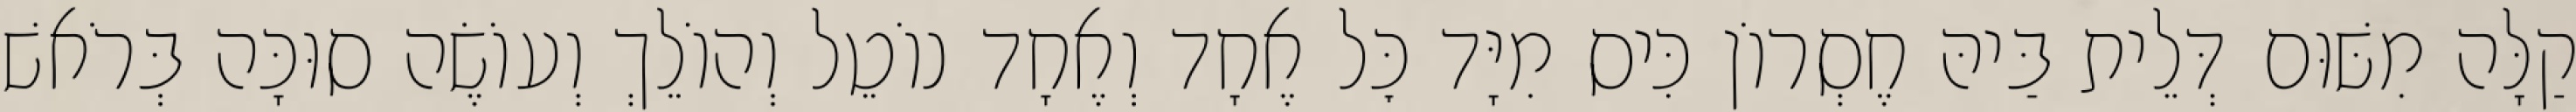
קַלָּה מִשּׁוּם דְּלֵית בַּיהּ חֶסְרוֹן כִּיס מִיָּד כׇּל אֶחָד וְאֶחָד נוֹטֵל וְהוֹלֵךְ וְעוֹשֶׂה סוּכָּה בְּרֹאשׁ